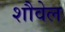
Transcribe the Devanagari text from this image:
शौवेल